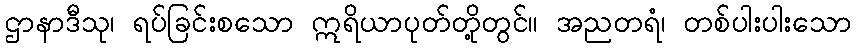
ဌာနာဒီသု၊ ရပ်ခြင်းစသော ဣရိယာပုတ်တို့တွင်။ အညတရံ၊ တစ်ပါးပါးသော